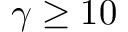
\gamma \ge 1 0